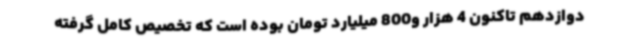
دوازدهم تاکنون 4 هزار و800 میلیارد تومان بوده است که تخصیص کامل گرفته